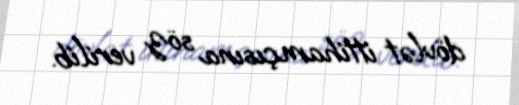
dövlət ittihamçısına söz verilib.